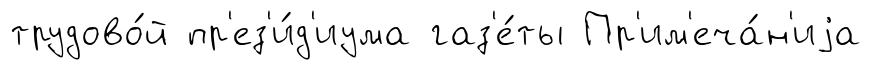
трудово́й пр'ез'и́д'иума газ'е́ты Пр'им'еча́н'иjа